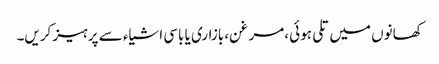
کھانوں میں تلی ہوئی ،مرغن، بازاری یا باسی اشیاء سے پرہیز کریں۔